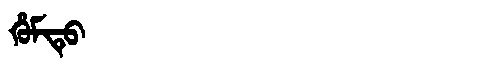
Manchu: ᡥᡠᠮᡨᡠ
Romanization: HUMTU